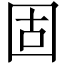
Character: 固